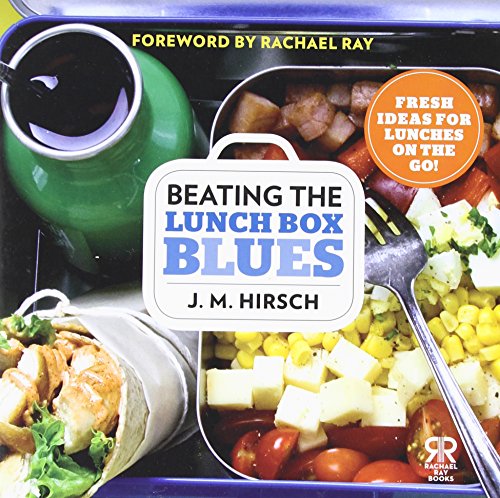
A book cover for Beating the Lunch Box Blues: Fresh Ideas for Lunches on the Go! (Rachael Ray Books); J. M. Hirsch; Cookbooks, Food & Wine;